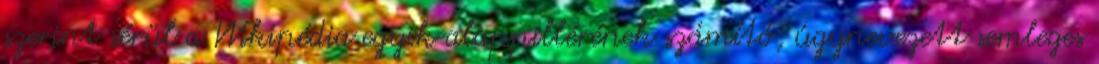
szerint sérül a Wikipédia egyik alappillérének számító, úgynevezett semleges